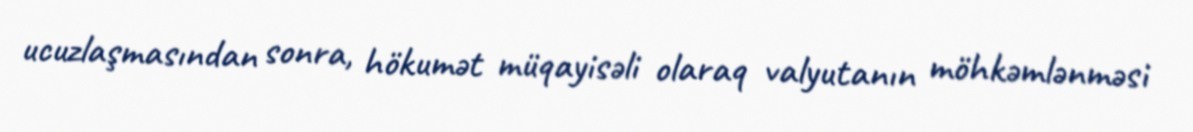
ucuzlaşmasından sonra, hökumət müqayisəli olaraq valyutanın möhkəmlənməsi